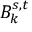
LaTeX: B _ { k } ^ { s , t }